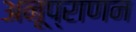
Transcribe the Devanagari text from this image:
अनूप्राणन